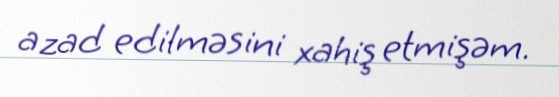
azad edilməsini xahiş etmişəm.